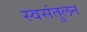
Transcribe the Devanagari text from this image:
स्वसंतुलन